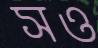
সও